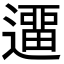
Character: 𨖻